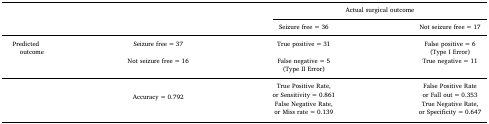
| <ROWSPAN=2-COLSPAN=2>  | <COLSPAN=2> Actual surgical outcome |
 | Seizure free = 36 | Not seizure free = 17 |
 | --- | --- | --- | --- |
 | <ROWSPAN=2> Predictedoutcome | Seizure free = 37 | True positive = 31 | False positive = 6(Type I Error) |
 | Not seizure free = 16 | False negative = 5(Type II Error) | True negative = 11 |
 |  | Accuracy = 0.792 | True Positive Rate,or Sensitivity = 0.861 | False Positive Rateor Fall out = 0.353 |
 |  |  | False Negative Rate,or Miss rate = 0.139 | True Negative Rate,or Specificity = 0.647 |